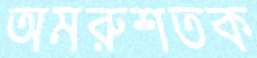
অমরুশতক